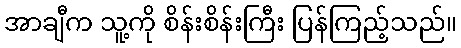
အာချီက သူ့ကို စိန်းစိန်းကြီး ပြန်ကြည့်သည်။